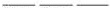
___ ___ ___